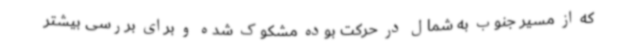
که از مسیر جنوب به شمال در حرکت بوده مشکوک شده و برای بررسی بیشتر